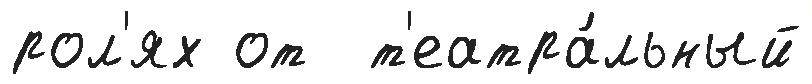
рол'ях от  т'еатра́льный